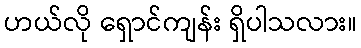
ဟယ်လို ရှောင်ကျန်း ရှိပါသလား။